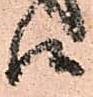
候